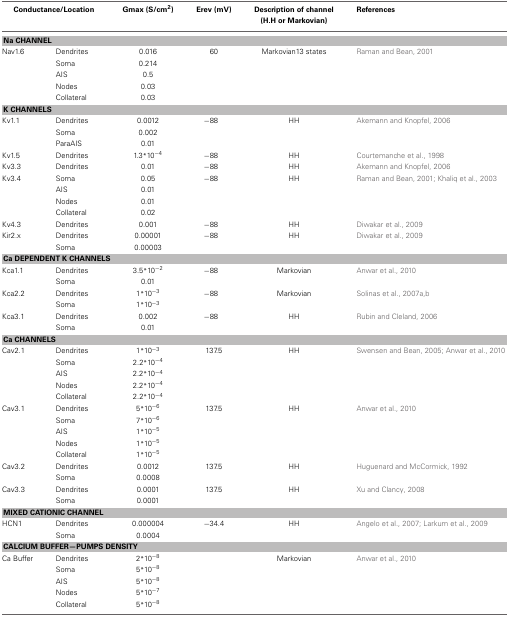
<table><thead><tr><td colspan="2"><b>Conductance/Location</b></td><td><b>Gmax (S/cm<sup>2</sup>)</b></td><td><b>Erev (mV)</b></td><td><b>Description of channel (H.H or Markovian)</b></td><td><b>References</b></td></tr></thead><tbody><tr><td colspan="6"><b>Na CHANNEL</b></td></tr><tr><td>Nav1.6</td><td>Dendrites</td><td>0.016</td><td>60</td><td>Markovian 13 states</td><td>Raman and Bean, 2001</td></tr><tr><td></td><td>Soma</td><td>0.214</td><td></td><td></td><td></td></tr><tr><td></td><td>AIS</td><td>0.5</td><td></td><td></td><td></td></tr><tr><td></td><td>Nodes</td><td>0.03</td><td></td><td></td><td></td></tr><tr><td></td><td>Collateral</td><td>0.03</td><td></td><td></td><td></td></tr><tr><td colspan="6"><b>K CHANNELS</b></td></tr><tr><td>Kv1.1</td><td>Dendrites</td><td>0.0012</td><td>−88</td><td>HH</td><td>Akemann and Knopfel, 2006</td></tr><tr><td></td><td>Soma</td><td>0.002</td><td></td><td></td><td></td></tr><tr><td></td><td>ParaAIS</td><td>0.01</td><td></td><td></td><td></td></tr><tr><td>Kv1.5</td><td>Dendrites</td><td>1.3*10<sup>−4</sup></td><td>−88</td><td>HH</td><td>Courtemanche et al., 1998</td></tr><tr><td>Kv3.3</td><td>Dendrites</td><td>0.01</td><td>−88</td><td>HH</td><td>Akemann and Knopfel, 2006</td></tr><tr><td>Kv3.4</td><td>Soma</td><td>0.05</td><td>−88</td><td>HH</td><td>Raman and Bean, 2001; Khaliq et al., 2003</td></tr><tr><td></td><td>AIS</td><td>0.01</td><td></td><td></td><td></td></tr><tr><td></td><td>Nodes</td><td>0.01</td><td></td><td></td><td></td></tr><tr><td></td><td>Collateral</td><td>0.02</td><td></td><td></td><td></td></tr><tr><td>Kv4.3</td><td>Dendrites</td><td>0.001</td><td>−88</td><td>HH</td><td>Diwakar et al., 2009</td></tr><tr><td>Kir2.x</td><td>Dendrites</td><td>0.00001</td><td>−88</td><td>HH</td><td>Diwakar et al., 2009</td></tr><tr><td></td><td>Soma</td><td>0.00003</td><td></td><td></td><td></td></tr><tr><td colspan="6"><b>Ca DEPENDENT K CHANNELS</b></td></tr><tr><td>Kca1.1</td><td>Dendrites</td><td>3.5*10<sup>−2</sup></td><td>−88</td><td>Markovian</td><td>Anwar et al., 2010</td></tr><tr><td></td><td>Soma</td><td>0.01</td><td></td><td></td><td></td></tr><tr><td>Kca2.2</td><td>Dendrites</td><td>1*10<sup>−3</sup></td><td>−88</td><td>Markovian</td><td>Solinas et al., 2007a,b</td></tr><tr><td></td><td>Soma</td><td>1*10<sup>−3</sup></td><td></td><td></td><td></td></tr><tr><td>Kca3.1</td><td>Dendrites</td><td>0.002</td><td>−88</td><td>HH</td><td>Rubin and Cleland, 2006</td></tr><tr><td></td><td>Soma</td><td>0.01</td><td></td><td></td><td></td></tr><tr><td colspan="6"><b>Ca CHANNELS</b></td></tr><tr><td>Cav2.1</td><td>Dendrites</td><td>1*10<sup>−3</sup></td><td>137.5</td><td>HH</td><td>Swensen and Bean, 2005; Anwar et al., 2010</td></tr><tr><td></td><td>Soma</td><td>2.2*10<sup>−4</sup></td><td></td><td></td><td></td></tr><tr><td></td><td>AIS</td><td>2.2*10<sup>−4</sup></td><td></td><td></td><td></td></tr><tr><td></td><td>Nodes</td><td>2.2*10<sup>−4</sup></td><td></td><td></td><td></td></tr><tr><td></td><td>Collateral</td><td>2.2*10<sup>−4</sup></td><td></td><td></td><td></td></tr><tr><td>Cav3.1</td><td>Dendrites</td><td>5*10<sup>−6</sup></td><td>137.5</td><td>HH</td><td>Anwar et al., 2010</td></tr><tr><td></td><td>Soma</td><td>7*10<sup>−6</sup></td><td></td><td></td><td></td></tr><tr><td></td><td>AIS</td><td>1*10<sup>−5</sup></td><td></td><td></td><td></td></tr><tr><td></td><td>Nodes</td><td>1*10<sup>−5</sup></td><td></td><td></td><td></td></tr><tr><td></td><td>Collateral</td><td>1*10<sup>−5</sup></td><td></td><td></td><td></td></tr><tr><td>Cav3.2</td><td>Dendrites</td><td>0.0012</td><td>137.5</td><td>HH</td><td>Huguenard and McCormick, 1992</td></tr><tr><td></td><td>Soma</td><td>0.0008</td><td></td><td></td><td></td></tr><tr><td>Cav3.3</td><td>Dendrites</td><td>0.0001</td><td>137.5</td><td>HH</td><td>Xu and Clancy, 2008</td></tr><tr><td></td><td>Soma</td><td>0.0001</td><td></td><td></td><td></td></tr><tr><td colspan="6"><b>MIXED CATIONIC CHANNEL</b></td></tr><tr><td>HCN1</td><td>Dendrites</td><td>0.000004</td><td>−34.4</td><td>HH</td><td>Angelo et al., 2007; Larkum et al., 2009</td></tr><tr><td></td><td>Soma</td><td>0.0004</td><td></td><td></td><td></td></tr><tr><td colspan="6"><b>CALCIUM BUFFER—PUMPS DENSITY</b></td></tr><tr><td>Ca Buffer</td><td>Dendrites</td><td>2*10<sup>−8</sup></td><td></td><td>Markovian</td><td>Anwar et al., 2010</td></tr><tr><td></td><td>Soma</td><td>5*10<sup>−8</sup></td><td></td><td></td><td></td></tr><tr><td></td><td>AIS</td><td>5*10<sup>−8</sup></td><td></td><td></td><td></td></tr><tr><td></td><td>Nodes</td><td>5*10<sup>−7</sup></td><td></td><td></td><td></td></tr><tr><td></td><td>Collateral</td><td>5*10<sup>−8</sup></td><td></td><td></td><td></td></tr></tbody></table>